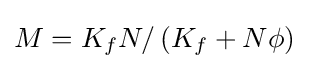
M={K_{f}}N/\left({{K_{f}}+N\phi }\right)